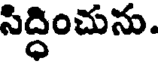
సిద్ధించును.